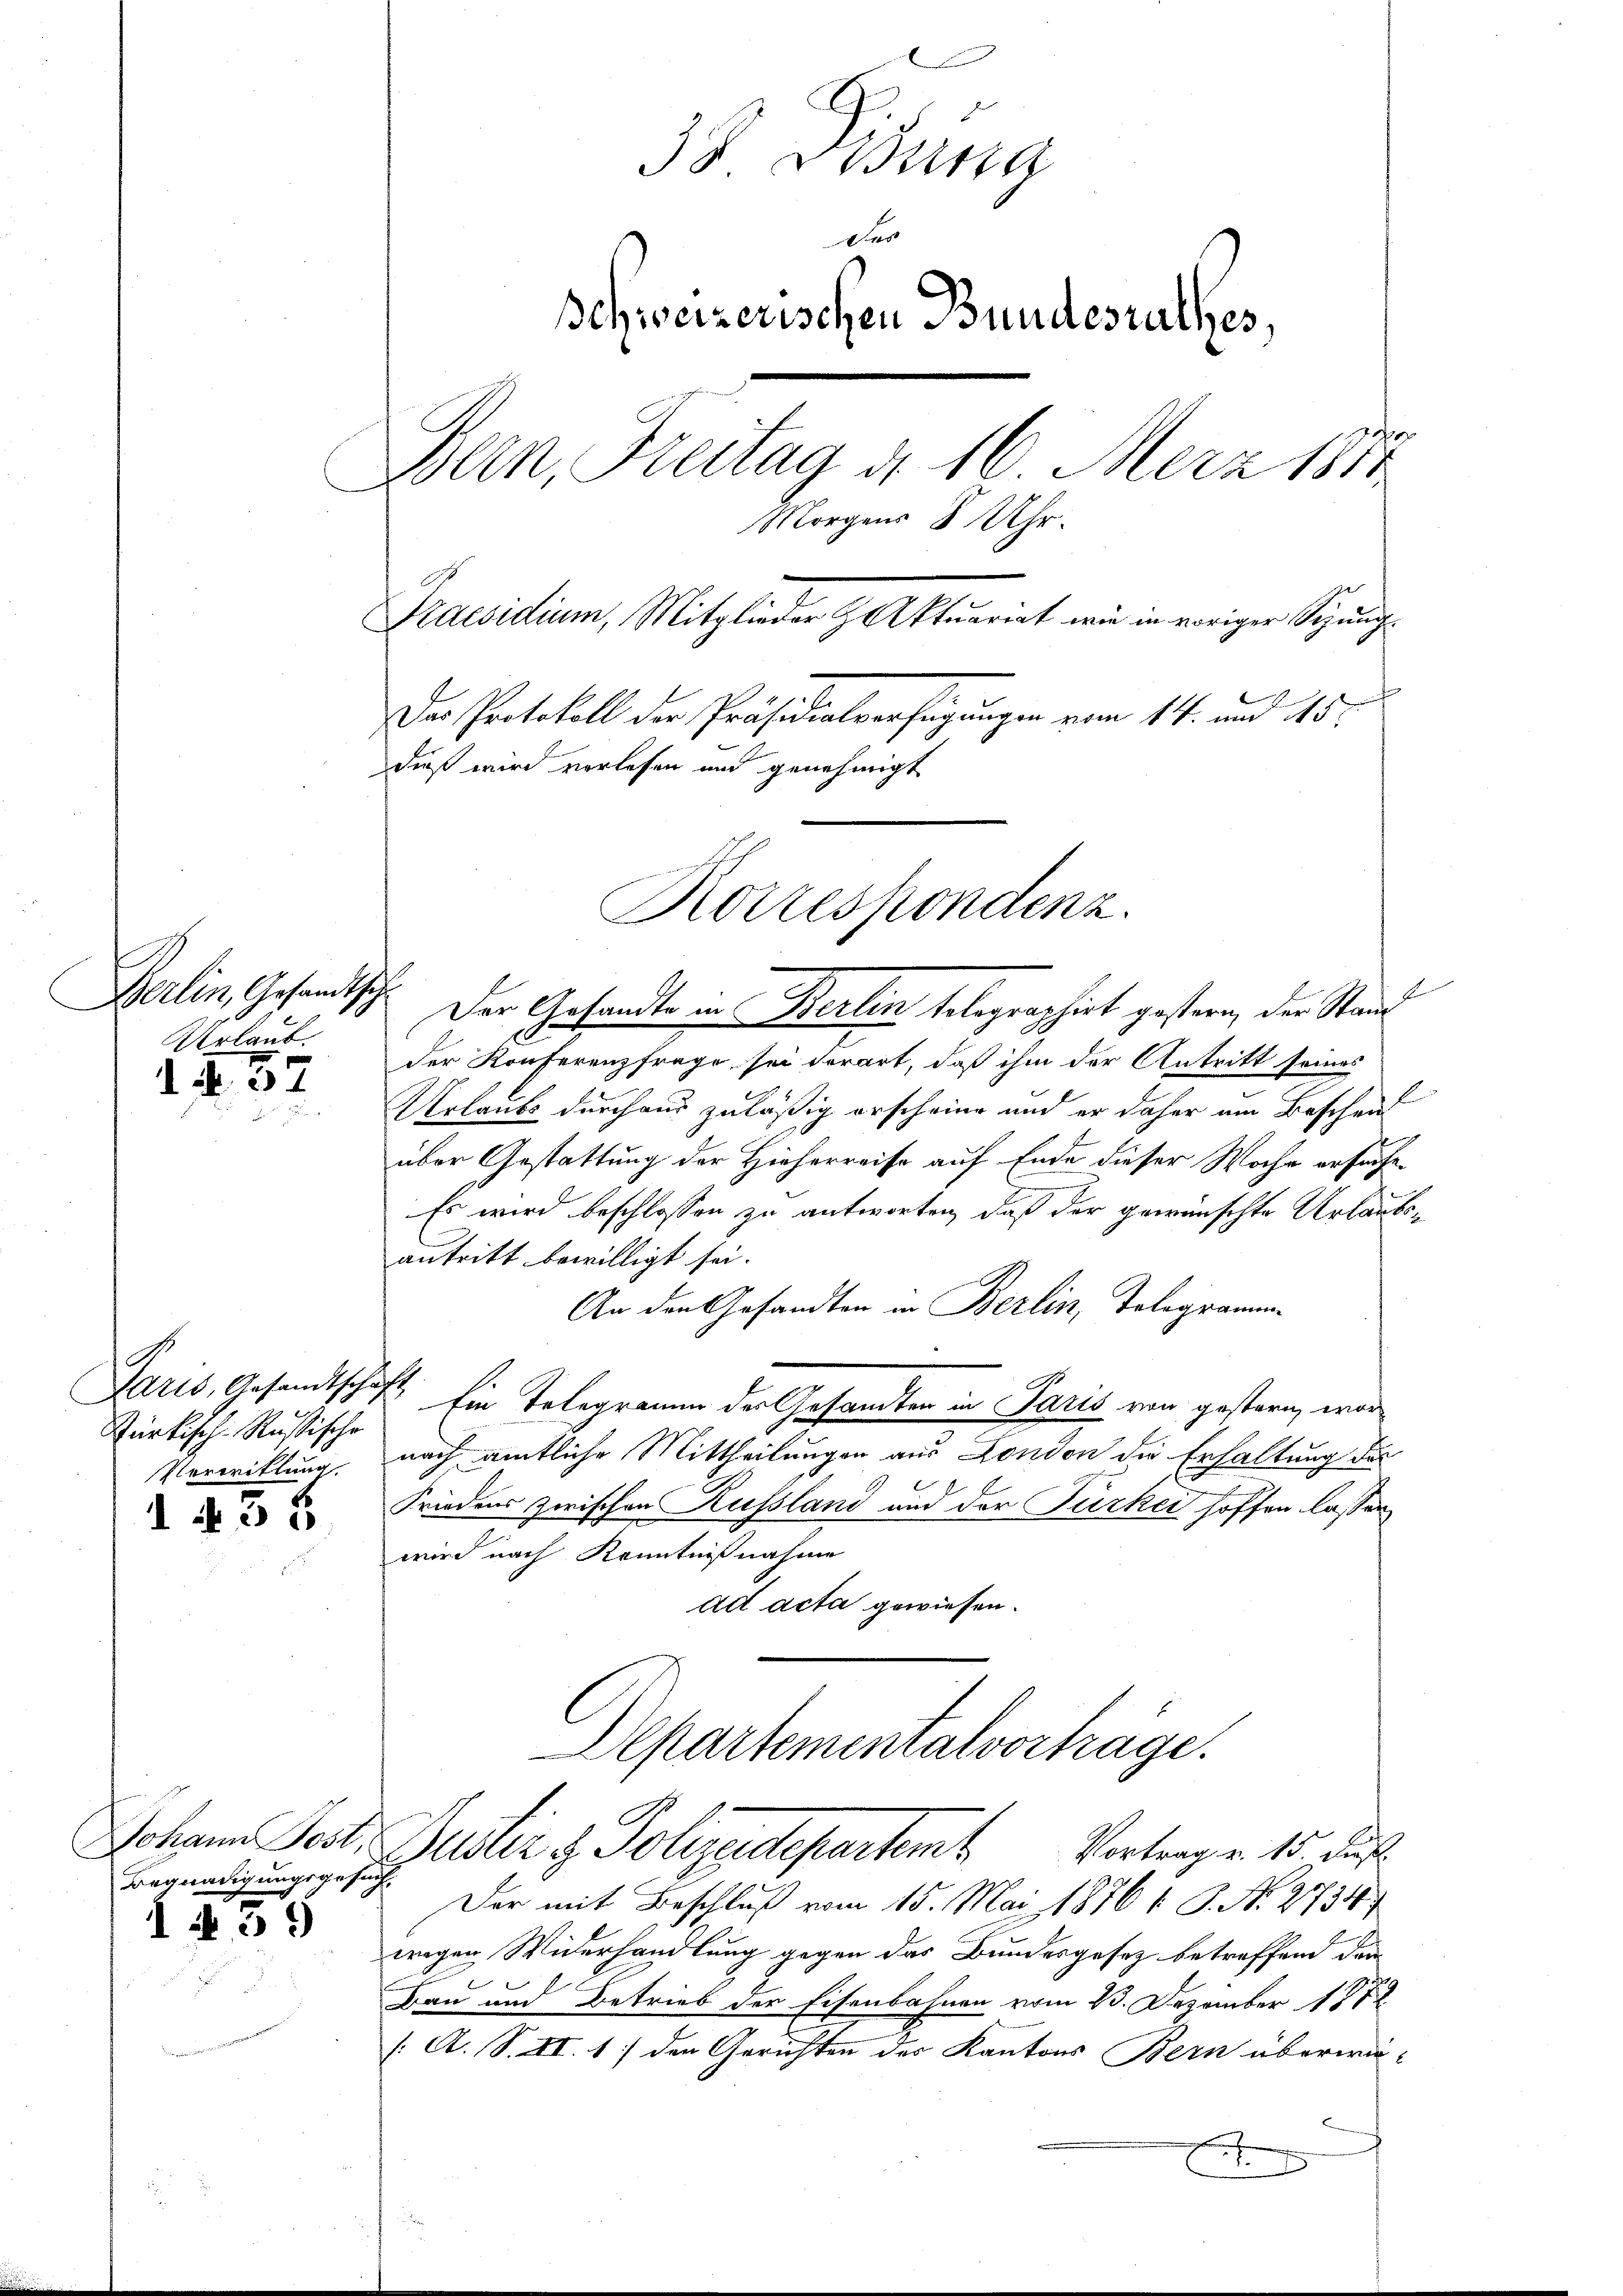
Berlin, Gesandtsch
Urlaub.

dd. 37

Paris, Gesandtschaft
Pärkisch-Russische
Verwittung.
1 § 35

Johann Post,
Begnadigungsgesuch

I § 31

38 Bund
Das
Ichweizerischen Bundesrathes
Bern Freitag d. 16. Merz 1881
Morgens 8 Uhr.
Praesidium, Mitglieder Aktuariat wie in voriger Schŭng-
¬
Das Protokoll der Präsidialverfügungen vom 14. und 415.
dieß wird verlesen und genehmigt

Der Gesandte in Berlin belegraphirt gestern, der Stand
der Konferenzfrage sei derart, daß ihm der Antritt seines
Urlaubs durchaus zuläßig erscheine und er daher am Beschenf
über Gestattung der Hieherreise auf Ende dieser Woche ersuche
Es wird beschlossen zu antworten, daß der gewünschte Urlaubs-
antritt bewilligt sei.
An den Gesandten in Berlin, Tolegramm
Ein Telegramm des Gesandten in Paris von gestern, wor
nach amtliche Mittheilungen aus London die Erhaltung der
Friedens zwischen Russland und der Türkei hoffen lassen
wird nach Kenntnißnahme
ad acta gewiesen.
Departementalverträge.

Korrespondenz.

Der mit Beschluß vom 15. Mai 18761 S. Nr. 2734
wegen Widerhandlung gegen das Bundesgesez betreffend dann
Bau und Betrieb der Eisenbahnen vom 23. Dezember 187
[:A. S. XI. 1) den Gerichten des Kantons Bern überwie¬
E

.
Beuter z. Polizeidepartent
Vortrag v. 15. ds.